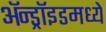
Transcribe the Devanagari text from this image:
ॲन्ड्रॉइडमध्ये